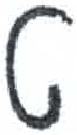
אות: ט